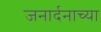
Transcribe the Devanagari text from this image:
जनार्दनाच्या